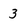
Character: 3